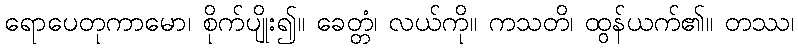
ရောပေတုကာမော၊ စိုက်ပျိုး၍။ ခေတ္တံ၊ လယ်ကို။ ကသတိ၊ ထွန်ယက်၏။ တဿ၊